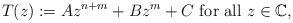
LaTeX: \begin{align*}T(z):=Az^{n+m} + B z^m + C\textrm{ for all }z\in \mathbb{C},\end{align*}